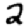
Digit: 2